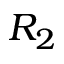
R _ { 2 }